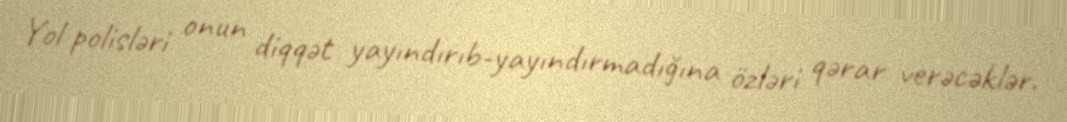
Yol polisləri onun diqqət yayındırıb-yayındırmadığına özləri qərar verəcəklər.